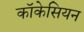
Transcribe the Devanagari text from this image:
कॉकेसियन